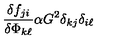
\frac { \delta f _ { j i } } { \delta \Phi _ { k \ell } } \alpha G ^ { 2 } \delta _ { k j } \delta _ { i \ell }